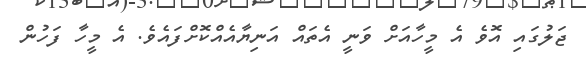
ޖަލުގައި އޮވެ އެ މީހާއަށް ވަނީ އެތައް އަނިޔާއެއްކޮށްފައެވެ. އެ މީހާ ފަހުން